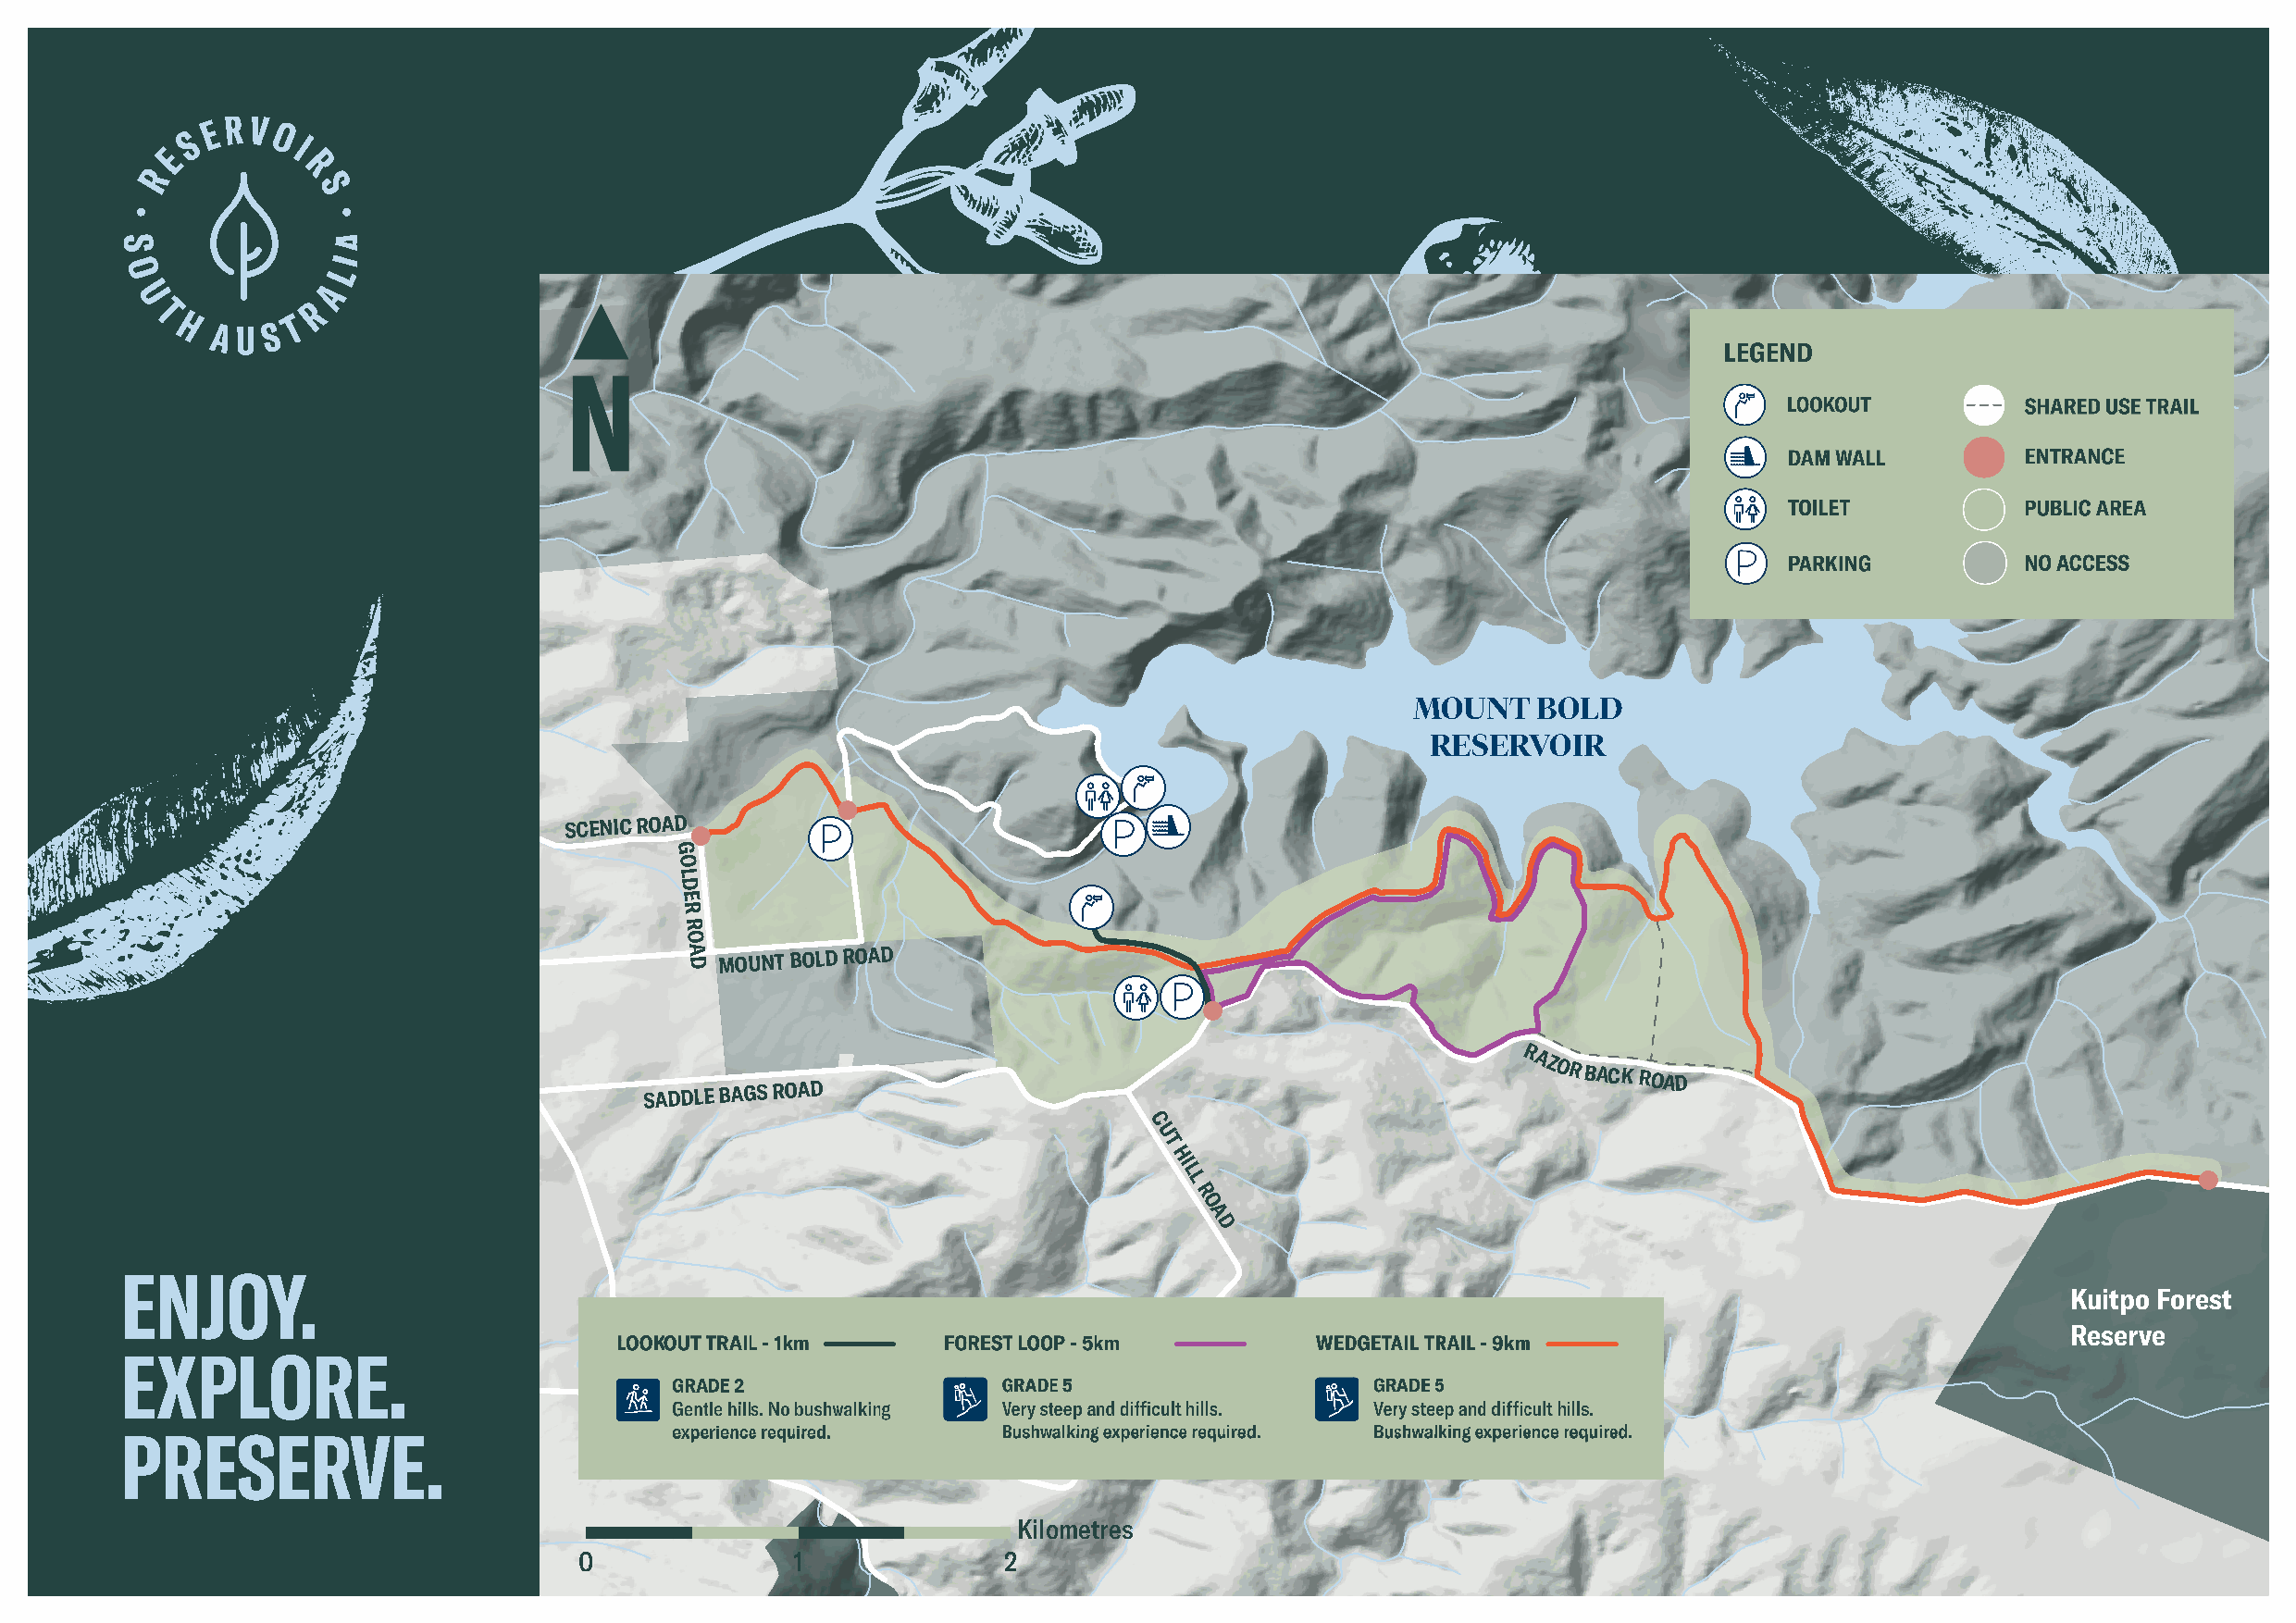
GRAND
 JUNCTION ROAD
 C
 A
 R
 L
 S
 S
 D                          O
 E                          N
 L
 R                          P
 A                          L
 Y                          A
 A
 C
 E
 V
 E
 N
 U
 E
 LAMBERT AVENUE
 MOUNT    BOLD
 RESERVOIR
 SCENIC ROAD
 G                                                                                                        A
 W
 O
 L                                                                                                        O
 D                                                                                                        O
 E                                                                                                       N
 R                                                                                                       G
 R                                                                                                       A
 OO
 R
 'B AA D MOUNT BOLD ROAD                                                                                  O A
 H                                                                                                       D
 N
 R
 SADDLE BAGS ROAD
 AZOR
 BACK ROAD
 C
 U
 T
 HI
 L
 L
 R
 O
 A
 D
 Kuitpo Forest
 Reserve
 O R T H
 EAST ROAD
 N
 R
 E
 W
 LYONS ROAD                                   LO
 Kilometres
 0               1              2